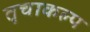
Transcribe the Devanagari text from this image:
तृचाकल्प